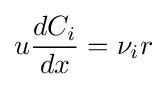
u{\frac {dC_{i}}{dx}}=\nu _{i}r